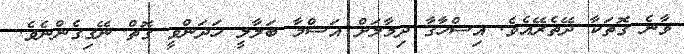
ވާނެ ގޮތަކާ ދޭތެރޭއެވެ. އިސްހާޤާ ދިމާލަށް އަސްމާ ބަލާލީ ހަދަންވީ ގޮތް ނޭގިގެންނެވެ.